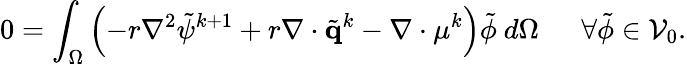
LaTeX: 0=\int_{\Omega}\left(-r\nabla^{2}\tilde{\psi}^{k+1}+r\mathbf{\nabla}\cdot\tilde{\mathbf{q}}^{k}-\mathbf{\nabla}\cdot\mathbf{\mu}^{k}\right)\tilde{\phi}~d\Omega~~~~~~\forall\tilde{\phi}\in\mathcal{V}_{0}.